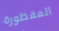
المقطورة